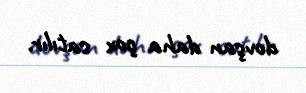
dovşan daha çox satılır.